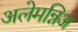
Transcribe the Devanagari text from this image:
अलेमन्निअ